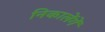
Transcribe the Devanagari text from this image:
निकालेंगें